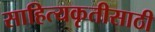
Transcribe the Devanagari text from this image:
साहित्यकृतीसाठी